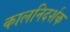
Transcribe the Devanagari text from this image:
कालनिदर्शक